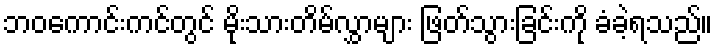
ဘဝကောင်းကင်တွင် မိုးသားတိမ်လွှာများ ဖြတ်သွားခြင်းကို ခံခဲ့ရသည်။